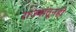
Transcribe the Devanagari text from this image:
राज्यांतूनही